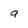
Character: a